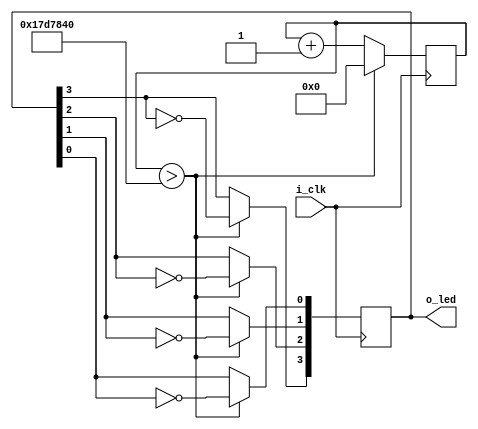
module clock_div(i_clk, o_led);

    input wire i_clk;
    output wire [3:0] o_led;

    parameter WIDTH = 32;
    parameter CLOCK_HZ = 50_000_000;

    reg [WIDTH-1:0] counter;

    initial counter = 0;

    always @(posedge i_clk)
    begin
        if (counter > CLOCK_HZ/2)
        begin
            counter <= 0;
            o_led[3] <= !o_led[3];
            o_led[2] <= !o_led[2];
            o_led[1] <= !o_led[1];
            o_led[0] <= !o_led[0];
        end
        else
        begin
            counter <= counter + 1'b1;        
        end
    end

endmodule